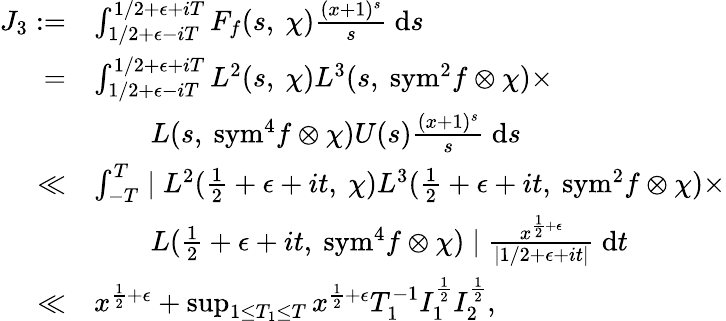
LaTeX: \begin{array}{rl}{J_{3}:=}&{\int_{1/2+\epsilon-iT}^{1/2+\epsilon+iT}F_{f}(s,\ \chi)\frac{(x+1)^{s}}{s}\ \mathrm{d}s}\\ {=}&{\int_{1/2+\epsilon-iT}^{1/2+\epsilon+iT}L^{2}(s,\ \chi)L^{3}(s,\ {\mathrm{sym}^{2}}f\otimes\chi)\times}\\ &{\qquad L(s,\ \mathrm{{sym}}^{4}f\otimes\chi)U(s)\frac{(x+1)^{s}}{s}\ \mathrm{d}s}\\ {\ll}&{\int_{-T}^{T}\mid L^{2}(\frac{1}{2}+\epsilon+it,\ \chi)L^{3}(\frac{1}{2}+\epsilon+it,\ {\mathrm{sym}}^{2}f\otimes\chi)\times}\\ &{\qquad L(\frac{1}{2}+\epsilon+it,\ {\mathrm{sym}}^{4}f\otimes\chi)\mid\frac{x^{\frac{1}{2}+\epsilon}}{\mid 1/2+\epsilon+it\mid}\ \mathrm{d}t}\\ {\ll}&{x^{\frac{1}{2}+\epsilon}+\operatorname*{sup}_{1\leq T_{1}\leq T}x^{\frac{1}{2}+\epsilon}T_{1}^{-1}I_{1}^{\frac{1}{2}}I_{2}^{\frac{1}{2}},}\end{array}